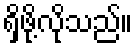
ရှိဖို့လိုသည်။